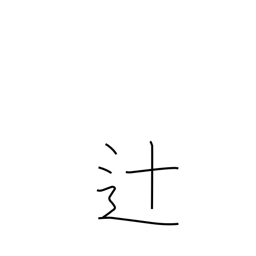
Meaning: crossroad